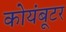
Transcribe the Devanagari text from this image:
कोयंबूटर